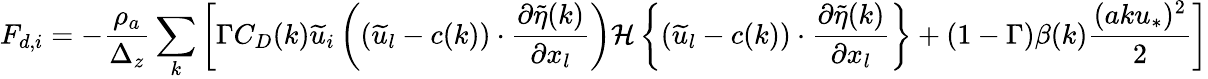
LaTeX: F_{d,i}=-\frac{\rho_{a}}{\Delta_{z}}\sum_{k}\left[\Gamma C_{D}(k)\widetilde{u}_{i}\left((\widetilde{u}_{l}-c(k))\cdot\frac{\partial\widetilde{\eta}(k)}{\partial x_{l}}\right){\mathcal{H}\left\{ (\widetilde{u}_{l}-c(k))\cdot\frac{\partial\widetilde{\eta}(k)}{\partial x_{l}}\right\} }+(1-\Gamma)\beta(k)\frac{(aku_{*})^{2}}{2}\right]